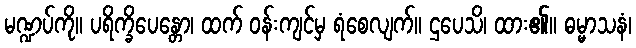
မဏ္ဍပ်ကို။ ပရိက္ခိပေန္တော၊ ထက် ဝန်းကျင်မှ ရံစေလျက်။ ဌပေသိ၊ ထား၏။ ဓမ္မာသနံ၊